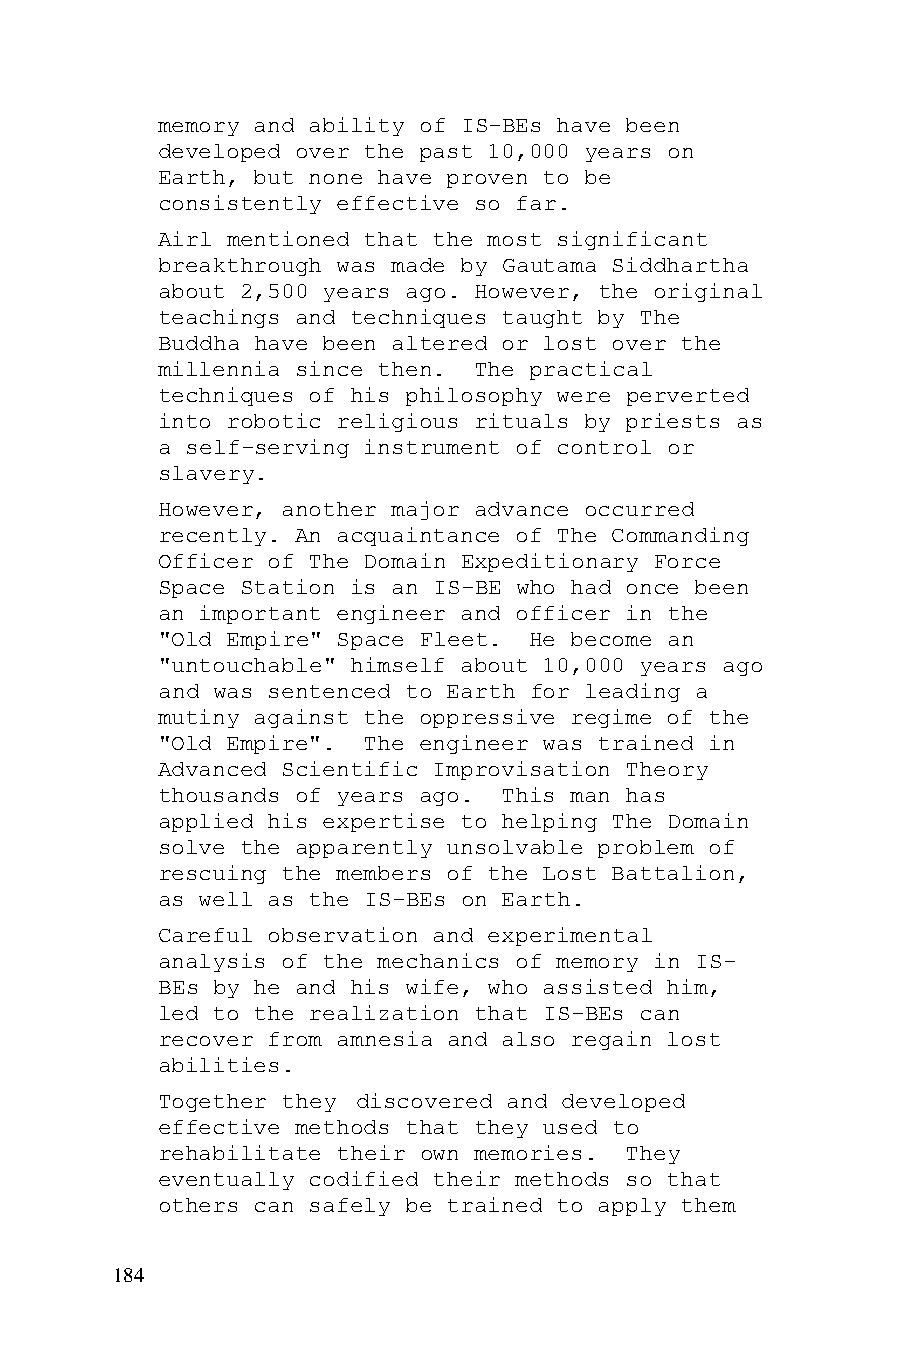
memory and ability of IS-BEs have been
 developed over the past 10,000 years on
 Earth, but none have proven to be
 consistently effective so far.
 Airl mentioned that the most significant
 breakthrough was made by Gautama Siddhartha
 about 2,500 years ago. However, the original
 teachings and techniques taught by The
 Buddha have been altered or lost over the
 millennia since then. The practical
 techniques of his philosophy were perverted
 into robotic religious rituals by priests as
 a self-serving instrument of control or
 slavery.
 However, another major advance occurred
 recently. An acquaintance of The Commanding
 Officer of The Domain Expeditionary Force
 Space Station is an IS-BE who had once been
 an important engineer and officer in the
 "Old Empire" Space Fleet. He become an
 "untouchable" himself about 10,000 years ago
 and was sentenced to Earth for leading a
 mutiny against the oppressive regime of the
 "Old Empire". The engineer was trained in
 Advanced Scientific Improvisation Theory
 thousands of years ago. This man has
 applied his expertise to helping The Domain
 solve the apparently unsolvable problem of
 rescuing the members of the Lost Battalion,
 as well as the IS-BEs on Earth.
 Careful observation and experimental
 analysis of the mechanics of memory in IS-
 BEs by he and his wife, who assisted him,
 led to the realization that IS-BEs can
 recover from amnesia and also regain lost
 abilities.
 Together they discovered and developed
 effective methods that they used to
 rehabilitate their own memories. They
 eventually codified their methods so that
 others can safely be trained to apply them
 184